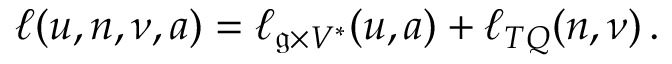
\begin{array} { r } { \ell ( u , n , \nu , a ) = \ell _ { \mathfrak { g } \times V ^ { * } } ( u , a ) + \ell _ { T Q } ( n , \nu ) \, . } \end{array}